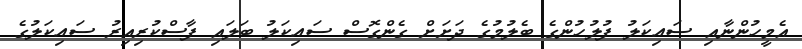
އެމީހުންނާއި ސައިކަލު ފުލުހުންގެ ބެލުމުގެ ދަށަށް ގެންގޮސް ސައިކަލު ބަލައި ފާސްކުރިއިރު ސައިކަލުގެ